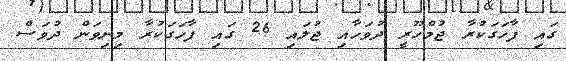
ގައި ފާހަގަކުރާ ޖުމްހޫރީ ދުވަހާއި ޖުލައި 26 ގައި ފާހަގަކުރާ މިނިވަން ދުވަސް